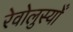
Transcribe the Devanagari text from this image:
रेवोलुस्योँ